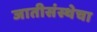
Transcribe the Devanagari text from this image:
जातीसंस्थेचा